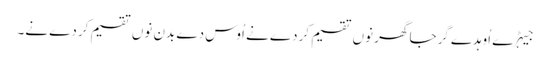
جیہڑے اُوہدے گرجا گھر نوں تقسیم کردے نے اُوس دے بدن نوں تقسیم کردے نے۔